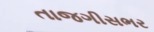
તાજગીસભર